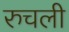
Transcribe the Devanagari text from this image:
रुचली